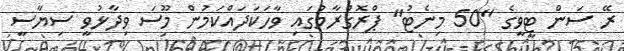
ރޭ ސަން ޓީވީގެ "50 މިނެޓު" ޕްރޮގްރާމުގައި ވާހަކަދައްކަމުން މޫސަ ވިދާޅުވީ ސިޔާސީ